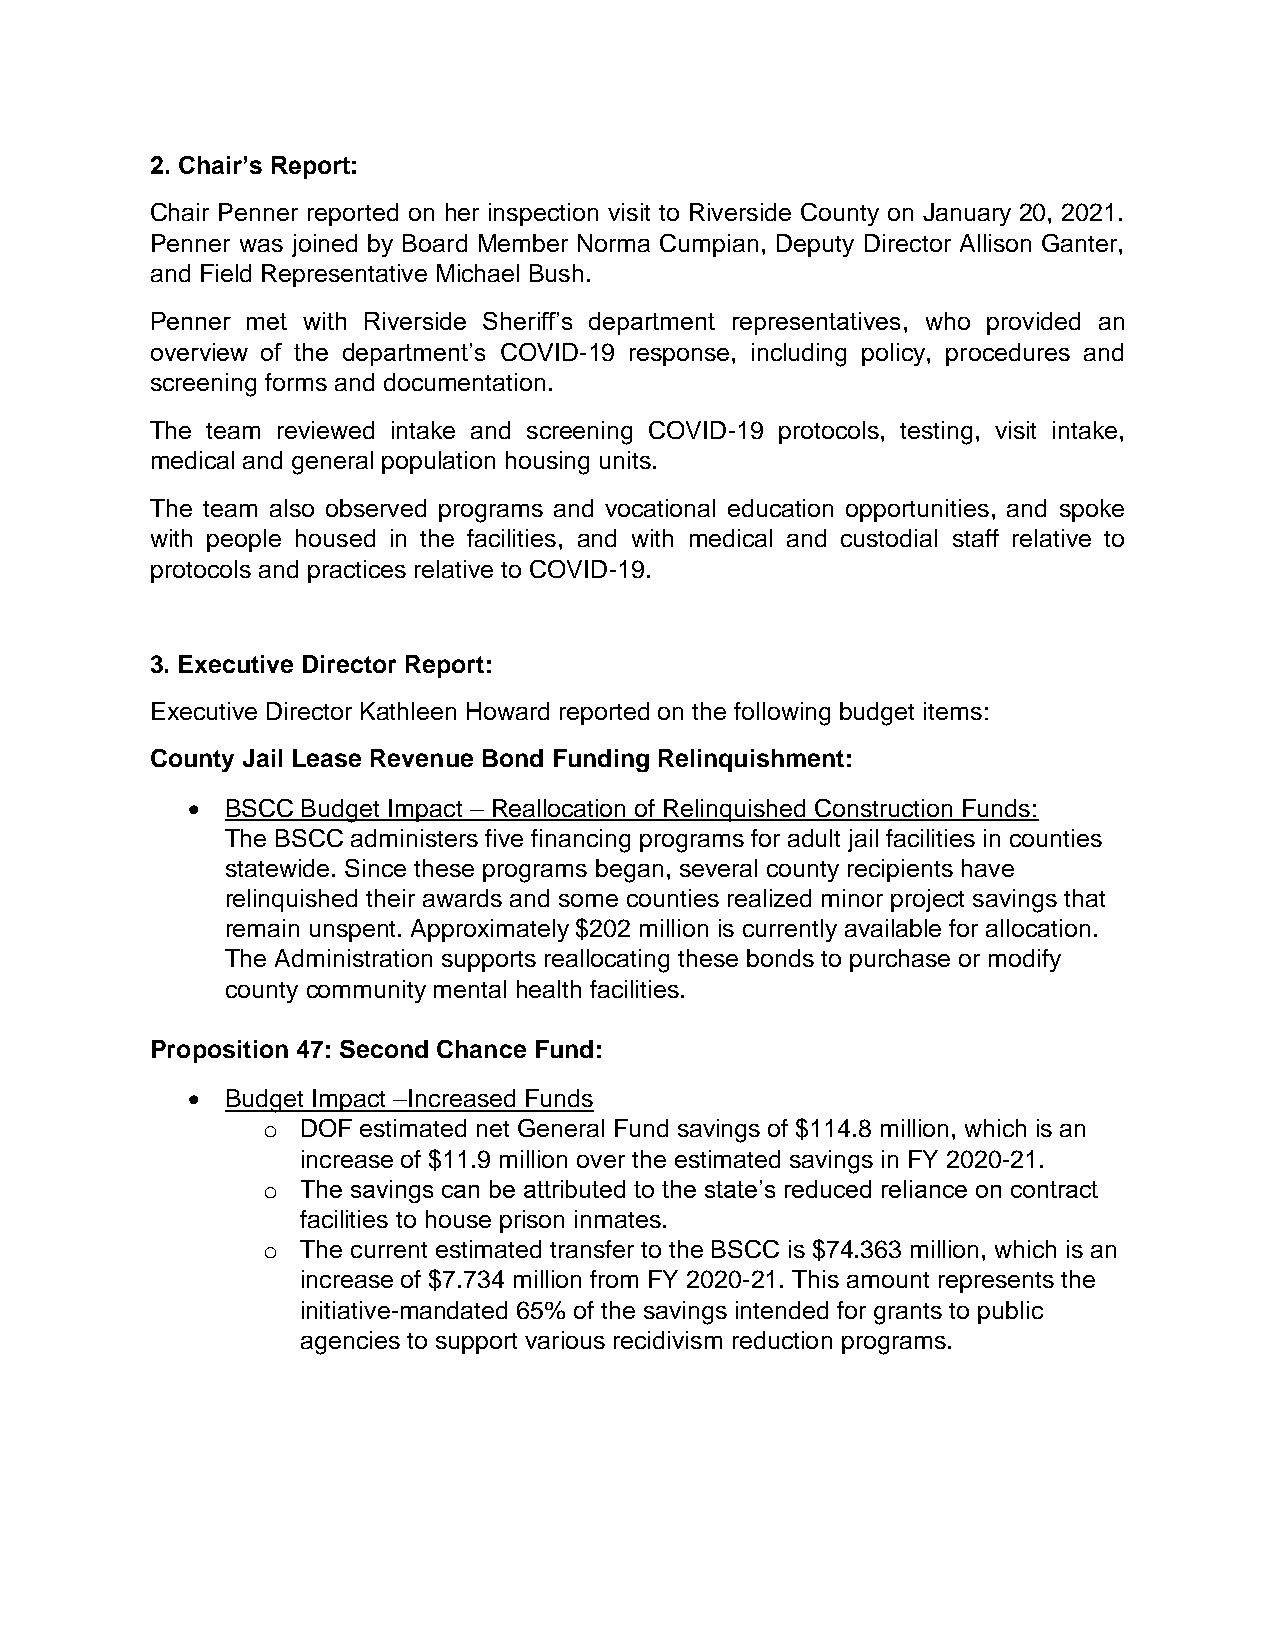
2. Chair’s Report:
 Chair Penner reported on her inspection visit to Riverside County on January 20, 2021.
 Penner was joined by Board Member Norma Cumpian, Deputy Director Allison Ganter,
 and Field Representative Michael Bush.
 Penner met with Riverside Sheriff’s department representatives, who provided an
 overview of the department’s COVID-19 response, including policy, procedures and
 screening forms and documentation.
 The team reviewed intake and screening COVID-19 protocols, testing, visit intake,
 medical and general population housing units.
 The team also observed programs and vocational education opportunities, and spoke
 with people housed in the facilities, and with medical and custodial staff relative to
 protocols and practices relative to COVID-19.
 3. Executive Director Report:
 Executive Director Kathleen Howard reported on the following budget items:
 County Jail Lease Revenue Bond Funding Relinquishment:
 •  BSCC Budget Impact – Reallocation of Relinquished Construction Funds:
 The BSCC administers five financing programs for adult jail facilities in counties
 statewide. Since these programs began, several county recipients have
 relinquished their awards and some counties realized minor project savings that
 remain unspent. Approximately $202 million is currently available for allocation.
 The Administration supports reallocating these bonds to purchase or modify
 county community mental health facilities.
 Proposition 47: Second Chance Fund:
 •  Budget Impact –Increased Funds
 o  DOF estimated net General Fund savings of $114.8 million, which is an
 increase of $11.9 million over the estimated savings in FY 2020-21.
 o  The savings can be attributed to the state’s reduced reliance on contract
 facilities to house prison inmates.
 o  The current estimated transfer to the BSCC is $74.363 million, which is an
 increase of $7.734 million from FY 2020-21. This amount represents the
 initiative-mandated 65% of the savings intended for grants to public
 agencies to support various recidivism reduction programs.